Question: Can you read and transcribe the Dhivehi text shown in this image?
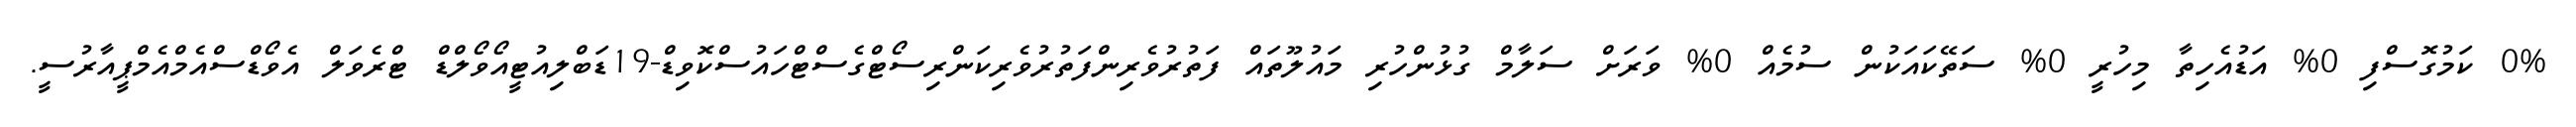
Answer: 0% ކަމުގޮސްފި 0% އަޑުއެހިތާ މިހުރީ 0% ސަތޭކައަކުން ސުމެއް 0% ވަރަށް ސަލާމް ގުޅުންހުރި މައުލޫތައް ފަތުރުވެރިންފަތުރުވެރިކަންރިސޯޓްގެސްޓްހައުސްކޮވިޑް-19ޑަބްލިއުޓީއޯވޯލްޑް ޓްރެވަލް އެވޯޑްސްއެމްއެމްޕީއާރުސީ.